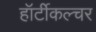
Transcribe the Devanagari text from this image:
हॉर्टीकल्चर